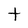
Character: t